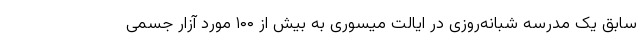
سابق یک مدرسه شبانه‌روزی در ایالت میسوری به بیش از ۱۰۰ مورد آزار جسمی